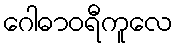
ဂေါဓာဝရီကူလေ